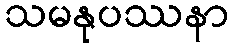
သမနုပဿနာ